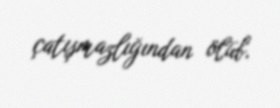
çatışmazlığından ölüb.